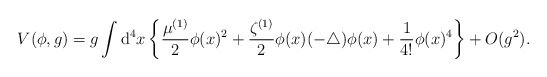
\begin{align*}V(\phi,g)=g\int{\mathrm d}^4x\left\{\frac{\mu^{(1)}}{2}\phi(x)^2+\frac{\zeta^{(1)}}{2}\phi(x)(-\bigtriangleup)\phi(x)+\frac{1}{4!}\phi(x)^4\right\}+O(g^2).\end{align*}